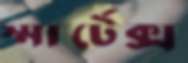
স্মার্টেক্স